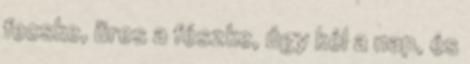
fecske, üres a fészke, úgy kél a nap, és